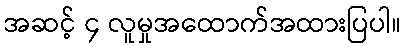
အဆင့် ၄ လူမှုအထောက်အထားပြပါ။